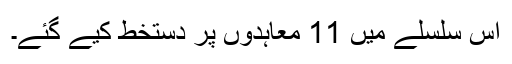
اس سلسلے میں 11 معاہدوں پر دستخط کیے گئے۔